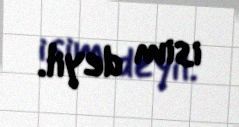
isim deyil.